Annual administration and progress report of the Indian Medical Department, Bombay
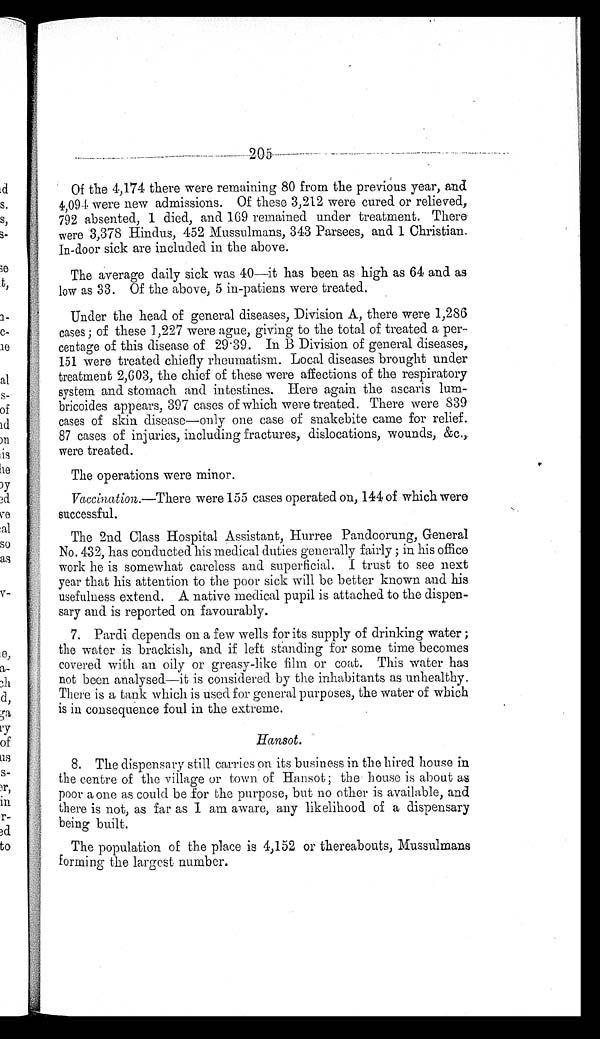
Of the 4,174 there were remaining 80 from the previous year, and
4,094 were new admissions. Of these 3,212 were cured or relieved,
792 absented, 1 died, and 169 remained under treatment. There
were 3,378 Hindus, 452 Mussulmans, 343 Parsees, and 1 Christian.
In-door sick are included in the above.
The average daily sick was 40—it has been as high as 64 and as
low as 33. Of the above, 5 in-patiens were treated.
Under the head of general diseases, Division A, there were 1,286
cases; of these 1,227 were ague, giving to the total of treated a per
-centage of this disease of 29.39. In B Division of general diseases,
151 were treated chiefly rheumatism. Local diseases brought under
treatment 2,603, the chief of these were affections of the respiratory
system and stomach and intestines. Here again the ascaris lum
-bricoides appears, 397 cases of which were treated. There were 839
cases of skin disease—only one case of snakebite came for relief.
87 cases of injuries, including fractures, dislocations, wounds, &c.,
were treated.
The operations were minor.
Vaccination.—There were 155 cases operated on, 144 of which were
successful.
The 2nd Class Hospital Assistant, Hurree Pandoorung, General
No. 432, has conducted his medical duties generally fairly; in his office
work he is somewhat careless and superficial. I trust to see next
year that his attention to the poor sick will be better known and his
usefulness extend. A native medical pupil is attached to the dispen
-sary and is reported on favourably.
7. Pardi depends on a few wells for its supply of drinking water;
the water is brackish, and if left standing for some time becomes
covered with an oily or greasy-like film or coat. This water has
not been analysed—it is considered by the inhabitants as unhealthy.
There is a tank which is used for general purposes, the water of which
is in consequence foul in the extreme.
Hansot.
8. The dispensary still carries on its business in the hired house in
the centre of the village or town of Hansot; the house is about as
poor a one as could be for the purpose, but no other is available, and
there is not, as far as I am aware, any likelihood of a dispensary
being built.
The population of the place is 4,152 or thereabouts, Mussulmans
forming the largest number.